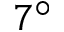
7 ^ { \circ }